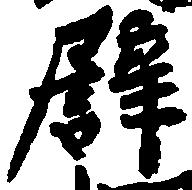
譬